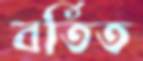
বর্তিত